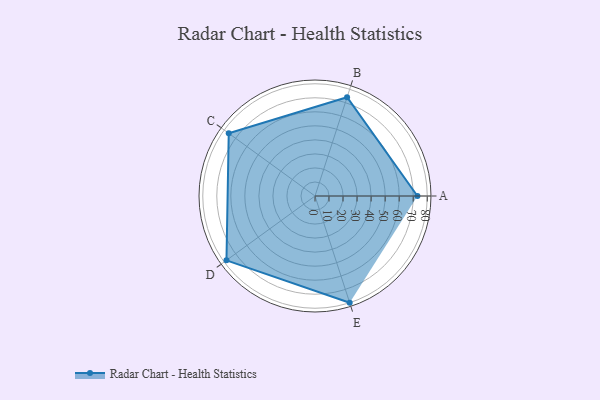
{"axis": {"x": "Skill", "y": "Score"}, "legend": ["Profile"], "data": [{"x": "A", "y": 73.0, "type": "Profile"}, {"x": "B", "y": 74.0, "type": "Profile"}, {"x": "C", "y": 76.0, "type": "Profile"}, {"x": "D", "y": 78.0, "type": "Profile"}, {"x": "E", "y": 80.0, "type": "Profile"}]}